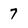
Character: 7